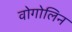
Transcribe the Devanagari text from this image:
वोगोलिन